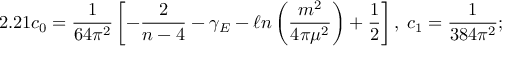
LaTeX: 2 . 2 1 c _ { 0 } = \frac { 1 } { 6 4 \pi ^ { 2 } } \left[ - \frac { 2 } { n - 4 } - \gamma _ { E } - \ell n \left( \frac { m ^ { 2 } } { 4 \pi \mu ^ { 2 } } \right) + \frac { 1 } { 2 } \right] , \; c _ { 1 } = \frac { 1 } { 3 8 4 \pi ^ { 2 } } ;